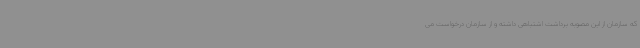
که سازمان از این مصوبه برداشت اشتباهی داشته و از سازمان درخواست می